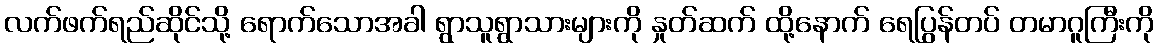
လက်ဖက်ရည်ဆိုင်သို့ ရောက်သောအခါ ရွာသူရွာသားများကို နှုတ်ဆက် ထို့နောက် ရေပြွန်တပ် တမာဂူကြီးကို